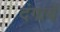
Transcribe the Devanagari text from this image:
दंगायें